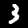
Label: 3